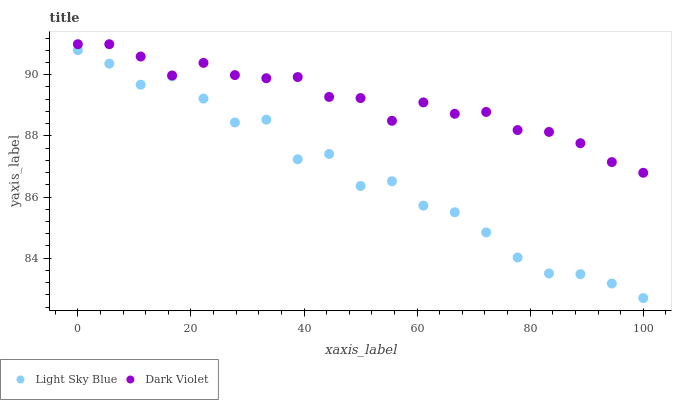
| xaxis_label | Light Sky Blue | Dark Violet |
 | --- | --- | --- |
 | 0 | 90.8 | 91 |
 | 5.56 | 90.4 | 91 |
 | 11.1 | 89.7 | 90.6 |
 | 16.7 | 89.9 | 90 |
 | 22.2 | 89.2 | 90.4 |
 | 27.8 | 88.4 | 90 |
 | 33.3 | 88.5 | 89.9 |
 | 38.9 | 87.2 | 89.9 |
 | 44.4 | 87.4 | 89.3 |
 | 50 | 86.4 | 89.2 |
 | 55.6 | 86.5 | 88.5 |
 | 61.1 | 85.7 | 89.1 |
 | 66.7 | 85.5 | 88.7 |
 | 72.2 | 84.8 | 88.8 |
 | 77.8 | 84 | 88.2 |
 | 83.3 | 83.5 | 88.1 |
 | 88.9 | 83.5 | 87.8 |
 | 94.4 | 83.2 | 87.1 |
 | 100 | 82.7 | 86.8 |